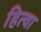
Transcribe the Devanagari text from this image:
हित्वा